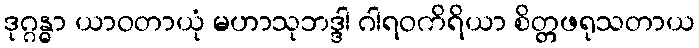
ဒုဂ္ဂန္ဓာ ယာဝတာယုံ မဟာသုဘဒ္ဒါ ဂါရဝကိရိယာ စိတ္တဖရုသတာယ